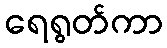
ရေရွတ်ကာ